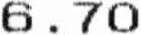
6.70